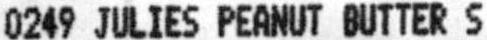
0249 JULIES PEANUT BUTTER S